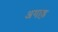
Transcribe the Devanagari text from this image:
अगाढ़